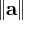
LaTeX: \left\| \mathbf { a } \right\|